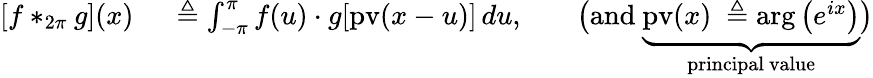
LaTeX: \begin{array}{rlrl}{\left[f*_{2\pi}g\right](x)\ }&{{}\triangleq\int_{-\pi}^{\pi}f(u)\cdot g[{\mathrm{pv}}(x-u)]\, du,}&{}&{{}{\big(}{\mathrm{and~}}\underbrace{{\mathrm{pv}}(x)\ \triangleq\arg\left(e^{ix}\right)}_{\mathrm{principal~value}}{\big)}}\end{array}